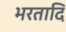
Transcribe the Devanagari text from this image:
भरतादि